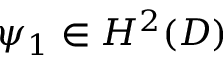
\psi _ { 1 } \in H ^ { 2 } ( D )